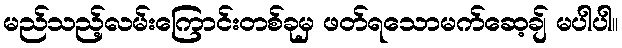
မည်သည့်လမ်းကြောင်းတစ်ခုမှ ဖတ်ရသောမက်ဆေ့ချ် မပါပါ။